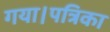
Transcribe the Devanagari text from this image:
गया।पत्रिका